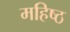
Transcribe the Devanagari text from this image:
महिष्ठ